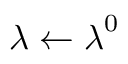
\boldsymbol { \lambda } \leftarrow \boldsymbol { \lambda } ^ { 0 }